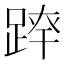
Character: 𨂛